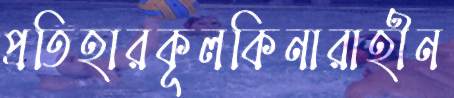
প্রতিহারকূলকিনারাহীন